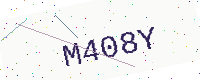
Text: M408Y